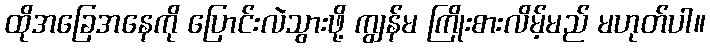
ထိုအခြေအနေကို ပြောင်းလဲသွားဖို့ ကျွန်မ ကြိုးစားလိမ့်မည် မဟုတ်ပါ။